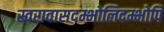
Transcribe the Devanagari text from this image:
स्वरावासदम्भोलिदम्भोपि